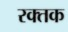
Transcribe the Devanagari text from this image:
रक्‍तक